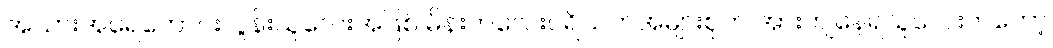
အသားအရေကောင်းလွန်းသူလေးအဖြစ် မိန်းကလေးပရိသတ်အများစုက အားကျနေရသူလေးကတော့